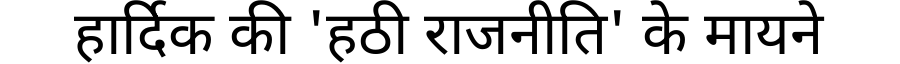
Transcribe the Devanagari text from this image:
हार्दिक की 'हठी राजनीति' के मायने